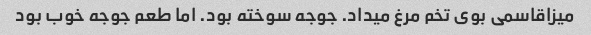
میزاقاسمی بوی تخم مرغ میداد. جوجه سوخته بود. اما طعم جوجه خوب بود